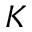
K